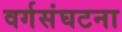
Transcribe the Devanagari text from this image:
वर्गसंघटना